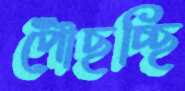
পৌঁছচ্ছি